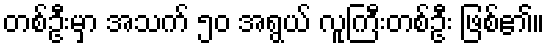
တစ်ဦးမှာ အသက် ၅၀ အရွယ် လူကြီးတစ်ဦး ဖြစ်၏။